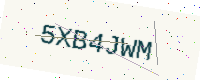
Text: 5XB4JWM